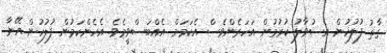
ގާތު ފުލުހުން އެސުވާލު ކުރުމުން އަހަރެންވެސް އެކަމަށް އެއްބަސްވީމެވެ. އެހެންކަމުން ފުލުހުން އޭނާ